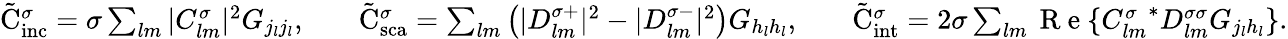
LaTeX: \begin{array}{rlrlr}{\tilde{\mathrm{{C}}}_{\mathrm{{inc}}}^{\sigma}=\sigma\sum_{lm}|C_{lm}^{\sigma}|^{2}G_{j_{l}j_{l}},}&{{}}&{\tilde{\mathrm{{C}}}_{\mathrm{{sca}}}^{\sigma}=\sum_{lm}\left(|D_{lm}^{\sigma+}|^{2}-|D_{lm}^{\sigma-}|^{2}\right)G_{h_{l}h_{l}},}&{{}}&{\tilde{\mathrm{{C}}}_{\mathrm{{int}}}^{\sigma}=2\sigma\sum_{lm}\mathrm{~R~e~}\{ {C_{lm}^{\sigma}}^{*}D_{lm}^{\sigma\sigma}G_{j_{l}h_{l}}\} .}\end{array}